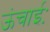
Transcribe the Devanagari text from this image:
ऊंचाईः